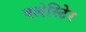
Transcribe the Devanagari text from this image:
बलेस्टिेर